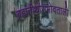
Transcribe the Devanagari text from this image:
ब्रह्मतीर्थासभोवताली